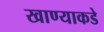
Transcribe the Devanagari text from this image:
खाण्याकडे